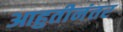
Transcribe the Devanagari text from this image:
आहुतीनंतर